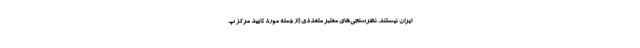
ایران نیستند. نظرسنجی‌های معتبر متعددی (از جمله مورد تایید مرکز پ